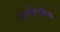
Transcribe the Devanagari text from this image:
काम्बीनेटरीज